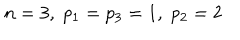
n = 3 , \; p _ { 1 } = p _ { 3 } = 1 , \; p _ { 2 } = 2